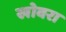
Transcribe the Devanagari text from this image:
खोवरा